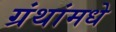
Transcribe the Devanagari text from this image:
ग्रंथांमधे